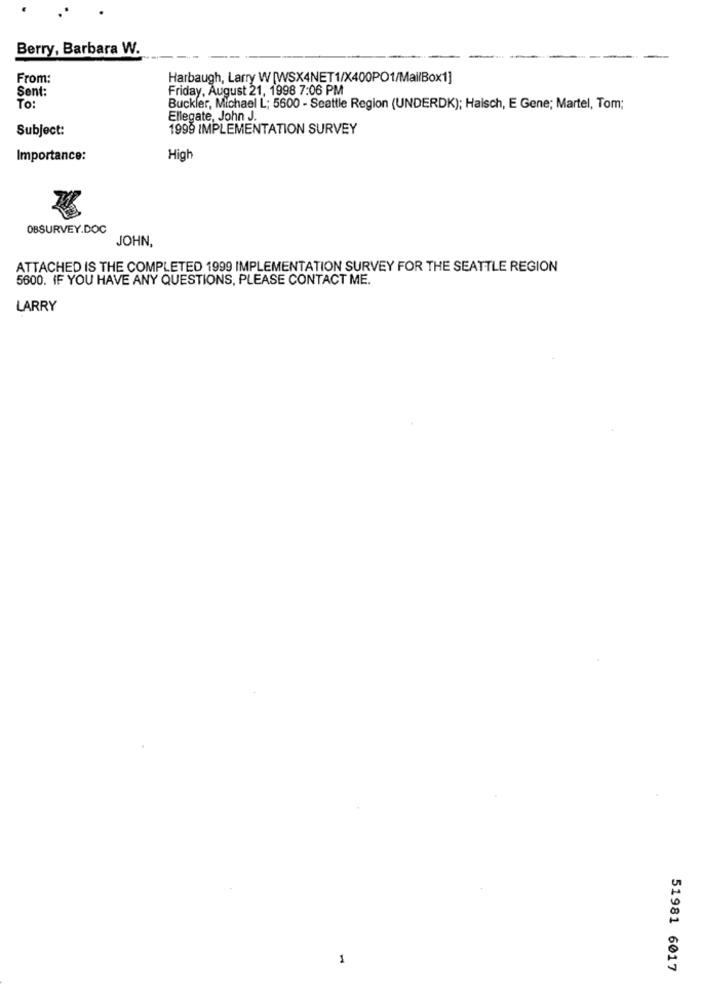
Berry, Barbara W.
From:
Harbaugh, Larry W [WSX4NET1/X400PO1/Mal/Box1]
Sent:
Friday, August 21, 1998 7:06 PM
To:
Buckler, Michael L; 5600 - Seattle Region (UNDERDK); Haisch, E Gene; Martel, Tom;
Ellegate, John J.
Subject:
1999 IMPLEMENTATION SURVEY
Importance:
High
OBSURVEY.DOC
JOHN,
ATTACHED IS THE COMPLETED 1999 IMPLEMENTATION SURVEY FOR THE SEATTLE REGION
5600. IF YOU HAVE ANY QUESTIONS, PLEASE CONTACT ME.
LARRY
-
51981 6017